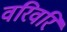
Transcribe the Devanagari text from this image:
वरिवरि